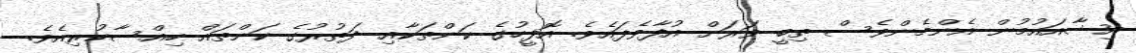
އިޝާއައުމުން އެންމެންވެސް ތިބީ ވަރަށް އުފާވެފައެވެ. އޮފީހުގެ ކަންތަކާއި ދަތުރުގެ ކަންތައް ހިއްސާކުރިއެވެ.